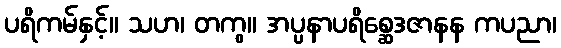
ပရိကမ်နှင့်။ သဟ၊ တကွ။ အပ္ပနာပရိစ္ဆေဒဇာနန ကပညာ၊